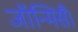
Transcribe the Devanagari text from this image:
जॉन्मिसै।